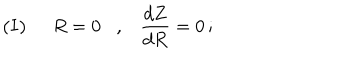
{ \bf { ( I ) } } \; \; R = 0 , \frac { d Z } { d R } = 0 \, ;